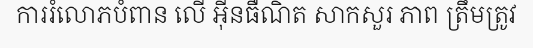
ការរំលោភបំពាន លើ អ៊ីនធឺណិត សាកសួរ ភាព ត្រឹមត្រូវ